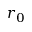
r _ { 0 }